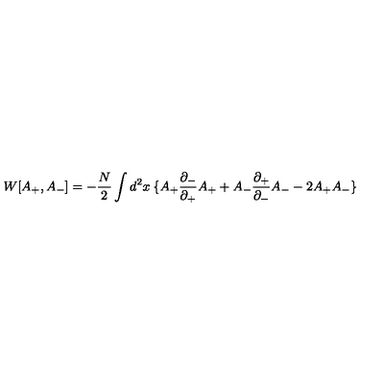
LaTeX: W [ A _ { + } , A _ { - } ] = - { \frac { N } { 2 } } \int d ^ { 2 } x \: \{ A _ { + } { \frac { \partial _ { - } } { \partial _ { + } } } A _ { + } + A _ { - } { \frac { \partial _ { + } } { \partial _ { - } } } A _ { - } - 2 A _ { + } A _ { - } \}